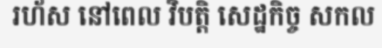
រហ័ស នៅពេល វិបត្តិ សេដ្ឋកិច្ច សកល